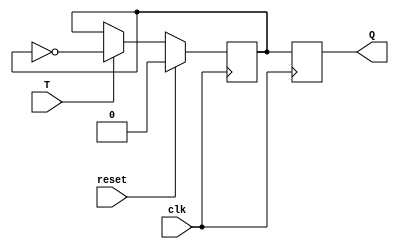
module T_FF (
    input T,
    input clk,
    input reset,
    output reg Q
);

reg master_Q, slave_Q;

always @(posedge clk) begin
    if (reset)
        master_Q <= 1'b0;
    else
        master_Q <= T ? ~master_Q : master_Q;
end

always @(negedge clk) begin
    slave_Q <= master_Q;
end

assign Q = slave_Q;

endmodule